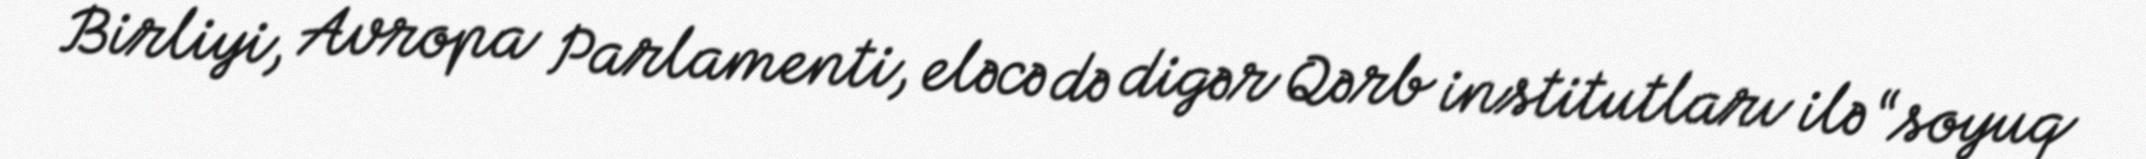
Birliyi, Avropa Parlamenti, eləcə də digər Qərb institutları ilə “soyuq